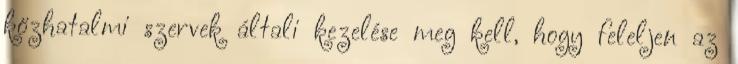
közhatalmi szervek általi kezelése meg kell, hogy feleljen az